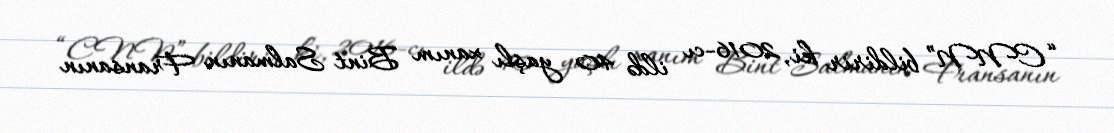
“CNN” bildirir ki, 2016-cı ildə 40 yaşlı xanım Bint Salmanın Fransanın